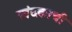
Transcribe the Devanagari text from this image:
खंदकाची